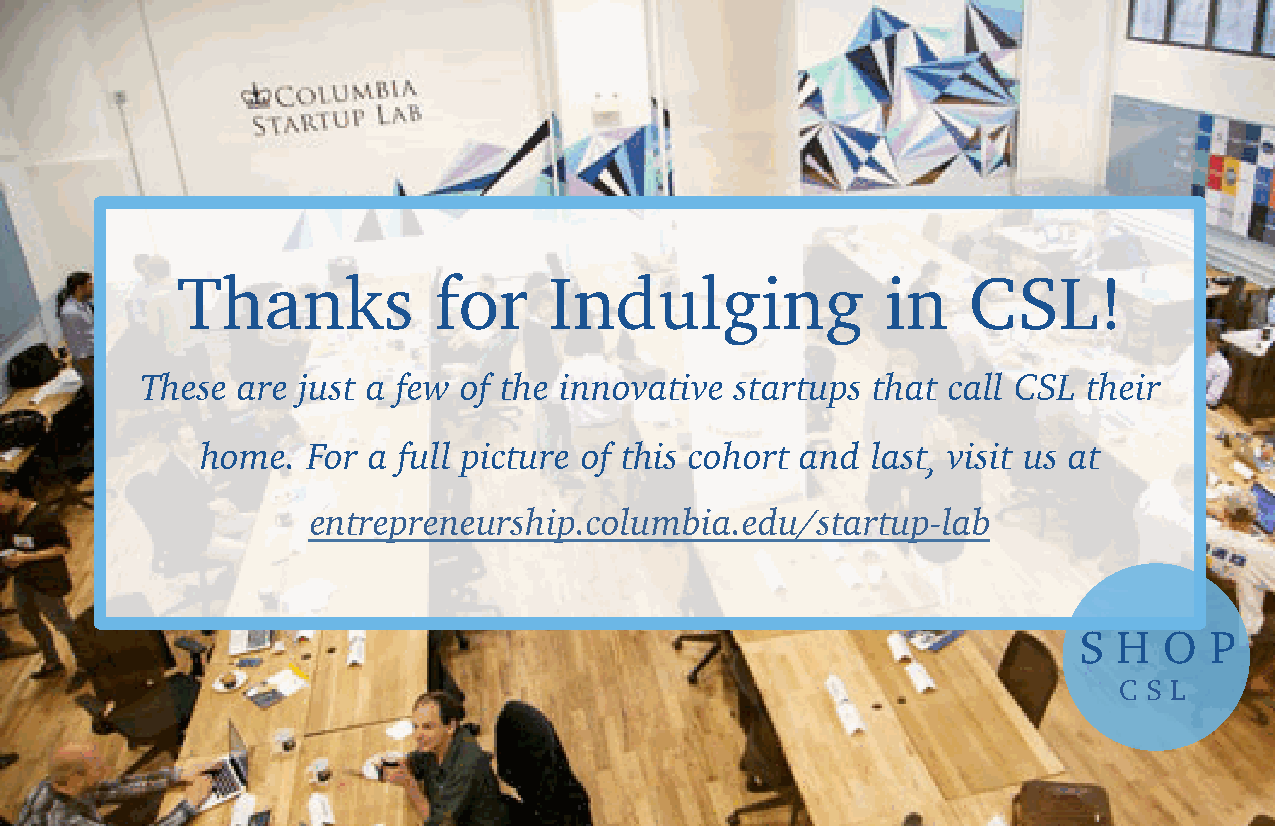
Thanks           for    Indulging              in   CSL!
 These  are just a few of the innovative startups that call CSL their
 home.  For a full picture of this cohort and last, visit us at
 entrepreneurship.columbia.edu/startup-lab
 S  H  O  P
 C S L